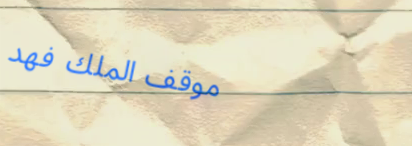
موقف الملك فهد